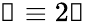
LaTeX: \mathscr{n}\equiv 2\mathscr{k}